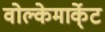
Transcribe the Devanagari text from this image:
वोल्केमार्के्ट